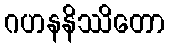
ဂဟနနိဿိတော